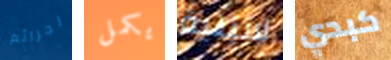
لجرائم يكمل لاتينية كبدي